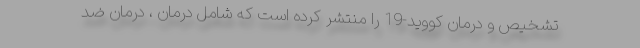
تشخیص و درمان کووید-19 را منتشر کرده است که شامل درمان ، درمان ضد